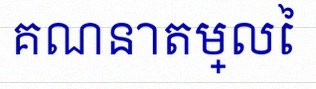
គណនាតម្លៃ